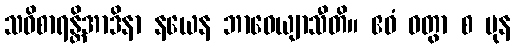
သဝိစာရန္တိအာဒိနာ နယေန ဘာဝေယျာသီတိ။ ဧဝံ ဝတွာ စ ပုန